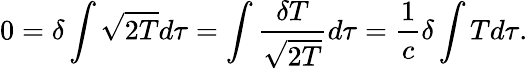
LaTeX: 0=\delta\int{\sqrt{2T}}d\tau=\int{\frac{\delta T}{\sqrt{2T}}}d\tau={\frac{1}{c}}\delta\int Td\tau.